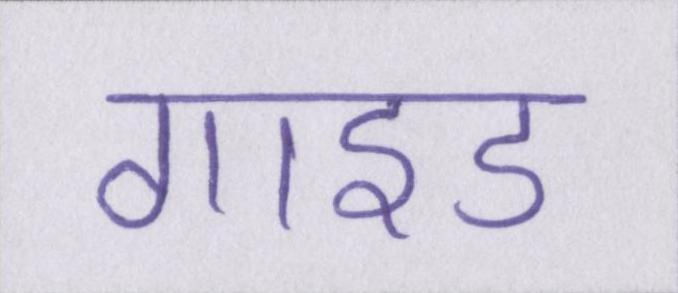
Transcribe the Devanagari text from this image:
गाइड